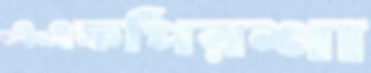
এএফপিরশা